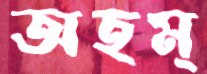
অহম্